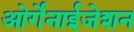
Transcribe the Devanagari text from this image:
ओर्गेनाईजेशन